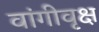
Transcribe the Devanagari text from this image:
वांगीवृक्ष